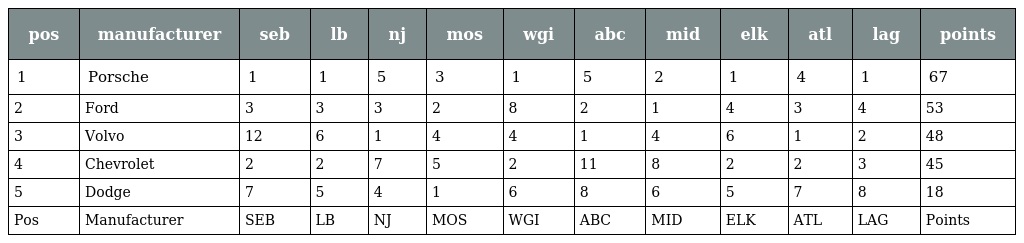
| pos | manufacturer | seb | lb | nj | mos | wgi | abc | mid | elk | atl | lag | points |
 | --- | --- | --- | --- | --- | --- | --- | --- | --- | --- | --- | --- | --- |
 | 1 | Porsche | 1 | 1 | 5 | 3 | 1 | 5 | 2 | 1 | 4 | 1 | 67 |
 | 2 | Ford | 3 | 3 | 3 | 2 | 8 | 2 | 1 | 4 | 3 | 4 | 53 |
 | 3 | Volvo | 12 | 6 | 1 | 4 | 4 | 1 | 4 | 6 | 1 | 2 | 48 |
 | 4 | Chevrolet | 2 | 2 | 7 | 5 | 2 | 11 | 8 | 2 | 2 | 3 | 45 |
 | 5 | Dodge | 7 | 5 | 4 | 1 | 6 | 8 | 6 | 5 | 7 | 8 | 18 |
 | Pos | Manufacturer | SEB | LB | NJ | MOS | WGI | ABC | MID | ELK | ATL | LAG | Points |